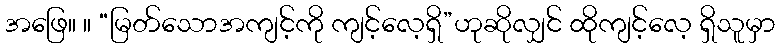
အဖြေ။ ။ “မြတ်သောအကျင့်ကို ကျင့်လေ့ရှိ”ဟုဆိုလျှင် ထိုကျင့်လေ့ ရှိသူမှာ